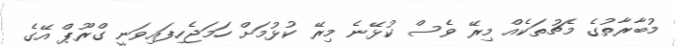
މުބާރާތުގެ މެޗުތަކެއް މިރޭ ވެސް ކުޅޭނެ މިރޭ ކުޅުމަށް ހަމަޖެހިފައިވަނީ ގްރޫޕް އޭގެ